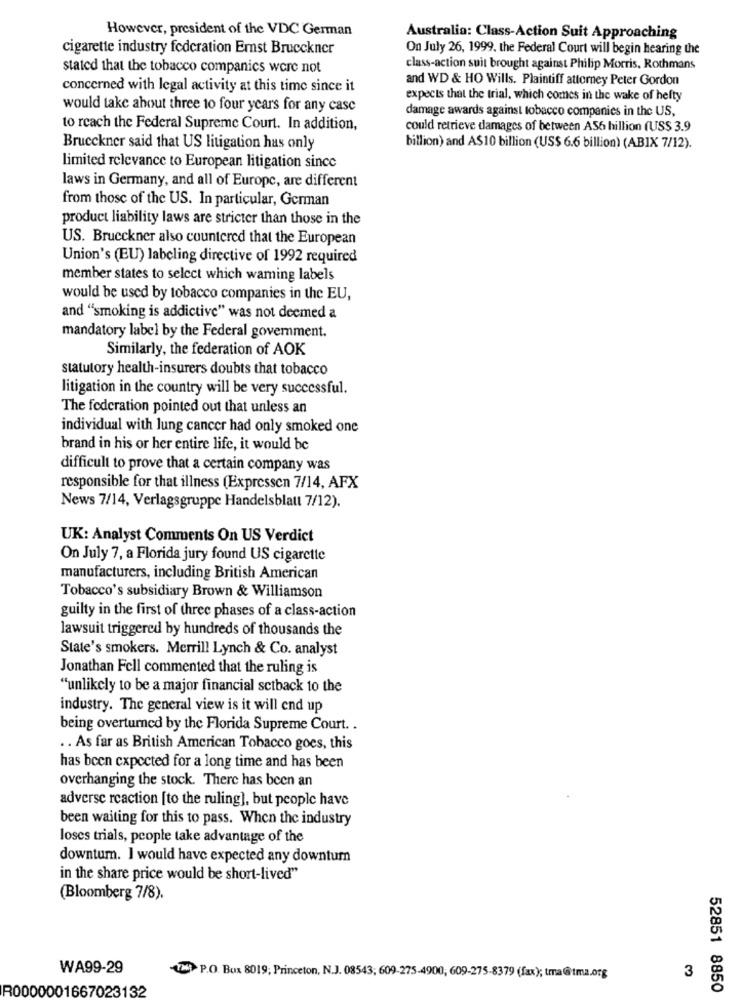
However, president of the VDC German
Australia: Class-Action Suit Approaching
cigarette industry federation Emst Brucckner
On July 26, 1999, the Federal Court will begin hearing the
stated that the tobacco companies were not
class-action suit brought against Philip Morris, Rothmans
and WD & HO Wills. Plaintiff attorney Peter Gordon
concerned with legal activity at this time since it
expects that the trial, which comes in the wake of hefty
would take about three to four years for any case
damage awards against tobacco companies in the US,
to reach the Federal Supreme Court. In addition,
could retrieve damages of between AS6 hillion (US$ 3.9
Brueckner said that US litigation has only
billion) and A$10 billion (US$ 6.6 billion) (ABIX 7/12).
limited relevance to European litigation since
laws in Germany, and all of Europe, are different
from those of the US. In particular, German
product liability laws are stricter than those in the
US. Brueckner also countered that the European
Union's (EU) labeling directive of 1992 required
member states to select which waming labels
would be used by tobacco companies in the EU,
and "smoking is addictive" was not deemed a
mandatory label by the Federal government.
Similarly, the federation of AOK
statutory health-insurers doubts that tobacco
litigation in the country will be very successful.
The federation pointed out that unless an
individual with lung cancer had only smoked one
brand in his or her entire life, it would be
difficult to prove that a certain company was
responsible for that illness (Expressen 7/14, AFX
News 7/14, Verlagsgruppe Handelsblatt 7/12).
UK: Analyst Comments On US Verdict
On July 7, a Florida jury found US cigarette
manufacturers, including British American
Tobacco's subsidiary Brown & Williamson
guilty in the first of three phases of a class-action
lawsuit triggered by hundreds of thousands the
State's smokers. Merrill Lynch & Co. analyst
Jonathan Fell commented that the ruling is
"unlikely to be a major financial sctback to the
industry. The general view is it will end up
being overturned by the Florida Supreme Court. .
. . As far as British American Tobacco goes, this
has been expected for a long time and has been
overhanging the stock. There has been an
adverse reaction [to the ruling], but people have
been waiting for this to pass. When the industry
loses trials, people take advantage of the
downturn. I would have expected any downtum
in the share price would be short-lived"
(Bloomberg 7/8).
WA99-29
3
12 P.O. Box 8019; Princeton, N.J. 08543; 609-275-4900, 609-275-8379 (fax); tma@tma.org
R0000001667023132
52851 8850